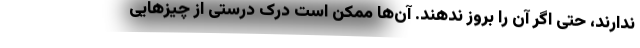
ندارند، حتی اگر آن را بروز ندهند. آن‌ها ممکن است درک درستی از چیزهایی